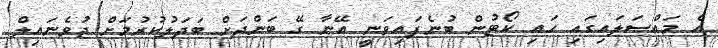
އެ މައްސަލައިގައި ހައި ކޯޓުން ބުނެފައިވަނީ އޭނާ ގޭ ބަންދަށް ބަދަލުކުރުމަށް ޖުވެނައިލް